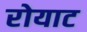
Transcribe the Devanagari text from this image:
रोयाट